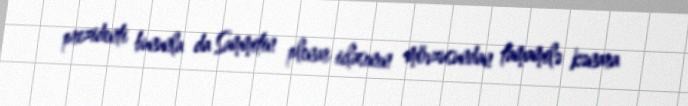
prezidenti bununla da Sammitin plenar iclasının mövzusundan tamamilə kənara